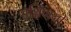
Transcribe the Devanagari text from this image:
यक्षिणयों